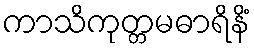
ကာသိကုတ္တမဓာရိနိံ